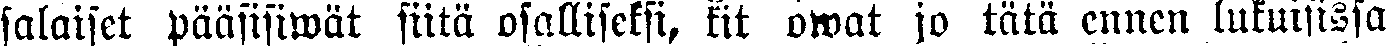
salaiset pääsisiwät siitä osalliseksi,  kit owat jo tätä ennen lukuisissa